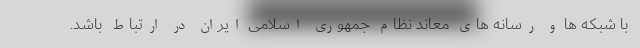
با شبکه ها و رسانه های معاند نظام جمهوری اسلامی ایران در ارتباط باشد.